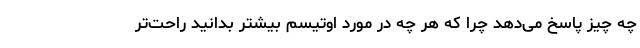
چه چیز پاسخ می‌دهد چرا که هر چه در مورد اوتیسم بیشتر بدانید راحت‌تر